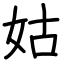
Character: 姑